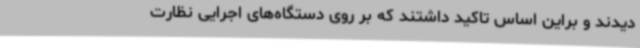
‌دیدند و براین اساس تاکید داشتند که بر روی دستگاه‌های اجرایی نظارت